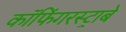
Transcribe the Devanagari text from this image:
कॉफिंगरस्ट्राबे